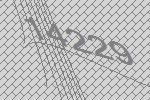
14229